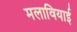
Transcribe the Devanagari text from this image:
मलावियाई